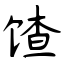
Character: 馇